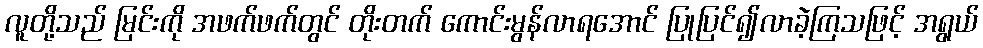
လူတို့သည် မြင်းကို အဖက်ဖက်တွင် တိုးတက် ကောင်းမွန်လာရအောင် ပြုပြင်၍လာခဲ့ကြသဖြင့် အရွယ်